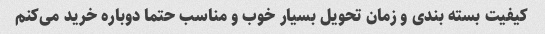
کیفیت بسته بندی و زمان تحویل بسیار خوب و مناسب حتما دوباره خرید می‌کنم